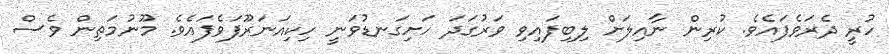
ހުރީ ދެރަވެފައެވެ. ކުރިން ނާއިލަށް ލިބިފައިވި ވަރުގަދަ ހަށިގަނޑުވަނީ ހިކިއަނަރޫފަވެފައެވެ. މޫނުމަތިން ވެސް